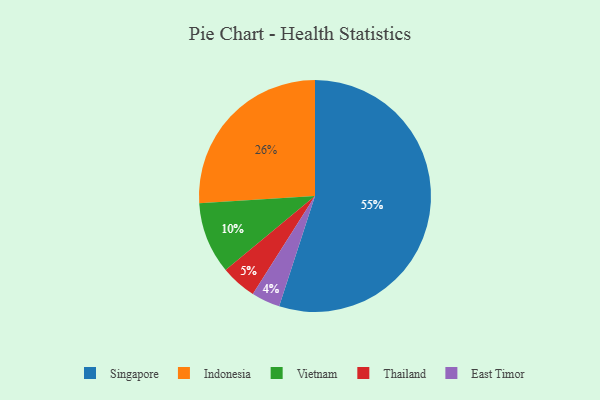
{"axis": {"x": "Category", "y": "Percentage"}, "legend": ["East Timor", "Indonesia", "Singapore", "Thailand", "Vietnam"], "data": [{"x": "Vietnam", "y": 10, "type": "Vietnam"}, {"x": "Singapore", "y": 55, "type": "Singapore"}, {"x": "East Timor", "y": 4, "type": "East Timor"}, {"x": "Thailand", "y": 5, "type": "Thailand"}, {"x": "Indonesia", "y": 26, "type": "Indonesia"}]}